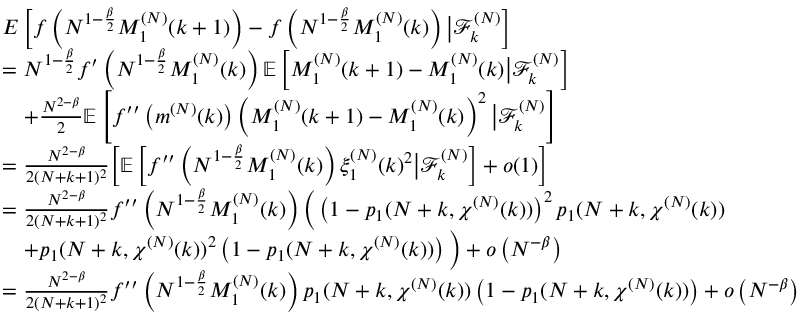
\begin{array} { r l } & { E \left[ f \left( N ^ { 1 - \frac { \beta } { 2 } } M _ { 1 } ^ { ( N ) } ( k + 1 ) \right) - f \left( N ^ { 1 - \frac { \beta } { 2 } } M _ { 1 } ^ { ( N ) } ( k ) \right) \big | \mathcal { F } _ { k } ^ { ( N ) } \right] } \\ & { = N ^ { 1 - \frac { \beta } { 2 } } f ^ { \prime } \left( N ^ { 1 - \frac { \beta } { 2 } } M _ { 1 } ^ { ( N ) } ( k ) \right) \mathbb { E } \left[ M _ { 1 } ^ { ( N ) } ( k + 1 ) - M _ { 1 } ^ { ( N ) } ( k ) \big | \mathcal { F } _ { k } ^ { ( N ) } \right] } \\ & { \quad + \frac { N ^ { 2 - \beta } } { 2 } \mathbb { E } \left[ f ^ { \prime \prime } \left( m ^ { ( N ) } ( k ) \right) \left( M _ { 1 } ^ { ( N ) } ( k + 1 ) - M _ { 1 } ^ { ( N ) } ( k ) \right) ^ { 2 } \big | \mathcal { F } _ { k } ^ { ( N ) } \right] } \\ & { = \frac { N ^ { 2 - \beta } } { 2 ( N + k + 1 ) ^ { 2 } } \biggl [ \mathbb { E } \left[ f ^ { \prime \prime } \left( N ^ { 1 - \frac { \beta } { 2 } } M _ { 1 } ^ { ( N ) } ( k ) \right) \xi _ { 1 } ^ { ( N ) } ( k ) ^ { 2 } \big | \mathcal { F } _ { k } ^ { ( N ) } \right] + o ( 1 ) \biggr ] } \\ & { = \frac { N ^ { 2 - \beta } } { 2 ( N + k + 1 ) ^ { 2 } } f ^ { \prime \prime } \left( N ^ { 1 - \frac { \beta } { 2 } } M _ { 1 } ^ { ( N ) } ( k ) \right) \Big ( \left( 1 - p _ { 1 } ( N + k , \chi ^ { ( N ) } ( k ) ) \right) ^ { 2 } p _ { 1 } ( N + k , \chi ^ { ( N ) } ( k ) ) } \\ & { \quad + p _ { 1 } ( N + k , \chi ^ { ( N ) } ( k ) ) ^ { 2 } \left( 1 - p _ { 1 } ( N + k , \chi ^ { ( N ) } ( k ) ) \right) \Big ) + o \left( N ^ { - \beta } \right) } \\ & { = \frac { N ^ { 2 - \beta } } { 2 ( N + k + 1 ) ^ { 2 } } f ^ { \prime \prime } \left( N ^ { 1 - \frac { \beta } { 2 } } M _ { 1 } ^ { ( N ) } ( k ) \right) p _ { 1 } ( N + k , \chi ^ { ( N ) } ( k ) ) \left( 1 - p _ { 1 } ( N + k , \chi ^ { ( N ) } ( k ) ) \right) + o \left( N ^ { - \beta } \right) } \end{array}